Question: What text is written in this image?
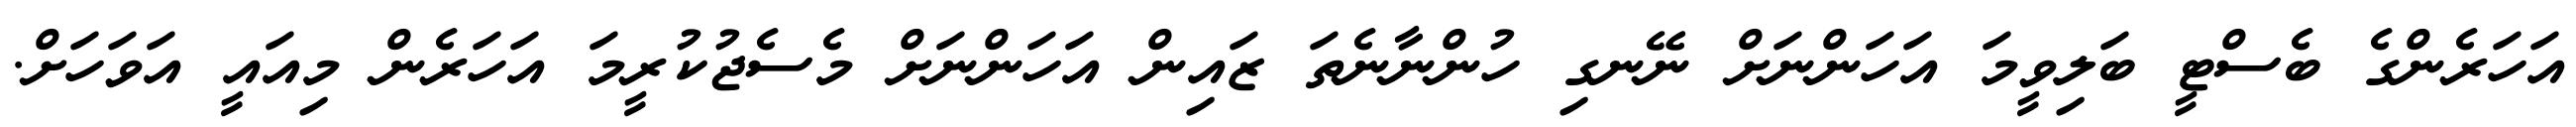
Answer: އަހަރެންގެ ބެސްޓީ ބަލިވީމަ އަހަންނަށް ނޭނގި ހުންނާނެތަ ޒައިން އަހަންނަށް މެސެޖުކުރީމަ އަހަރެން މިއައީ އަވަހަށް.